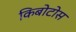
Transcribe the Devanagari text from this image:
किबोटोस